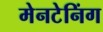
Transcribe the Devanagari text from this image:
मेनटेनिंग